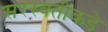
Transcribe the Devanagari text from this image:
सरस्वतींकडे